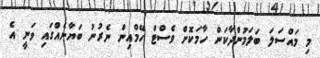
މި މައްސަލަ ބަލަމުންދާކަން ހާމަކޮށް ވެސްޓް ހޭމްއިން ނެރުނު ބަޔާނެއްގައި ވަނީ އެ